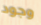
وجود